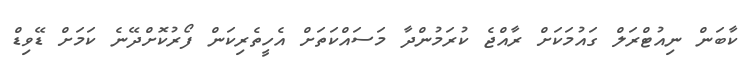
ކާބަން ނިއުޓްރަލް ގައުމަކަށް ރާއްޖެ ކުރަމުންދާ މަސައްކަތަށް އެހީތެރިކަން ފޯރުކޮށްދޭނެ ކަމަށް ޑޭވިޑް